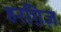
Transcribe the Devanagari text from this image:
हरग़िज़